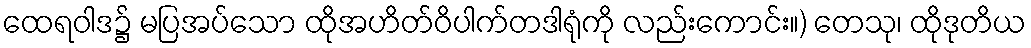
ထေရဝါဒ၌ မပြအပ်သော ထိုအဟိတ်ဝိပါက်တဒါရုံကို လည်းကောင်း။) တေသု၊ ထိုဒုတိယ